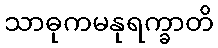
သာဓုကမနုရက္ခာတိ